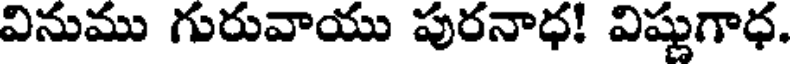
వినుము గురువాయు పురనాధ! విష్ణుగాధ.